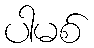
ပါမစ်